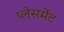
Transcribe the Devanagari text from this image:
प्‍लेसमेंट